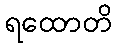
ရထောတိ